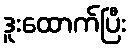
ဒူးထောက်ပြီး